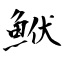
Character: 鮲